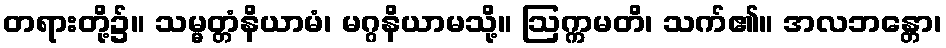
တရားတို့၌။ သမ္မတ္တံနိယာမံ၊ မဂ္ဂနိယာမသို့။ ဩက္ကမတိ၊ သက်၏။ အလဘန္တော၊